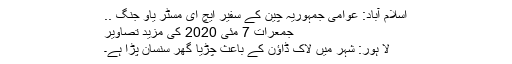
اسلام آباد: عوامی جمہوریہ چین کے سفیر ایچ ای مسٹر یاو جِنگ ..
جمعرات 7 مئی 2020 کی مزید تصاویر
لا ہور: شہر میں لاک ڈاؤن کے باعث چڑیا گھر سنسان پڑا ہے۔